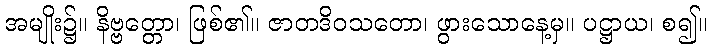
အမျိုး၌။ နိဗ္ဗတ္တော၊ ဖြစ်၏။ ဇာတဒိဝသတော၊ ဖွားသောနေ့မှ။ ပဋ္ဌာယ၊ စ၍။